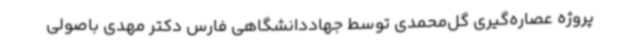
پروژه عصاره‌گیری گل‌محمدی توسط جهاددانشگاهی فارس دکتر مهدی باصولی